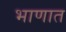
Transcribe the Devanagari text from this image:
भाणात